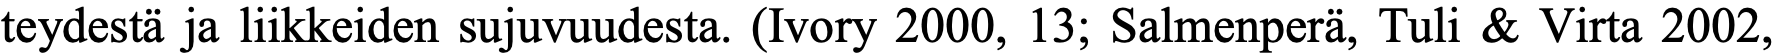
teydestä ja liikkeiden sujuvuudesta. (Ivory 2000, 13; Salmenperä, Tuli & Virta 2002,